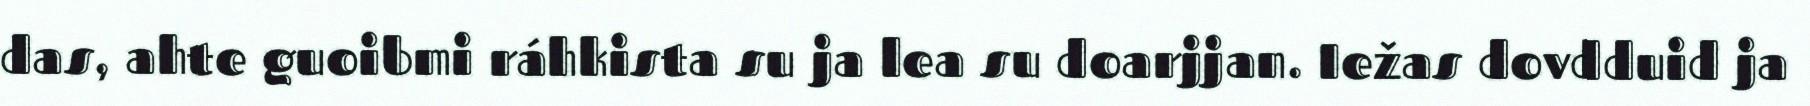
das, ahte guoibmi ráhkista su ja lea su doarjjan. Iežas dovdduid ja